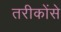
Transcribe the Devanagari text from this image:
तरीकोंसे